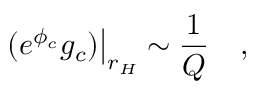
\left. ( e ^ { \phi _ { c } } g _ { c } ) \right| _ { r _ { H } } \sim { \frac { 1 } { Q } } \quad ,